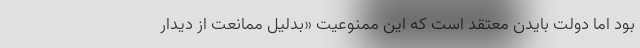
بود اما دولت بایدن معتقد است که این ممنوعیت «بدلیل ممانعت از دیدار